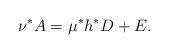
LaTeX: \begin{align*}\nu^* A = \mu^* h^*D + E.\end{align*}